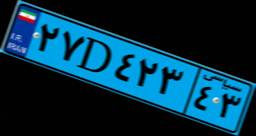
۲۷D۴۲۳۴۳